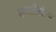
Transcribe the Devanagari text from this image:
करऔसौऊ